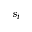
s _ { i }